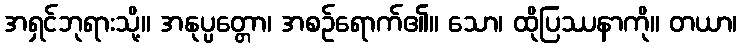
အရှင်ဘုရားသို့။ အနုပ္ပတ္တော၊ အစဉ်ရောက်၏။ သော၊ ထိုပြဿနာကို။ တယာ၊